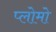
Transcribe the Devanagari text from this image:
प्लोमो